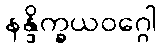
နန္ဒိက္ခယဝဂ္ဂေါ